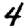
Digit: 4